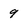
Character: 9